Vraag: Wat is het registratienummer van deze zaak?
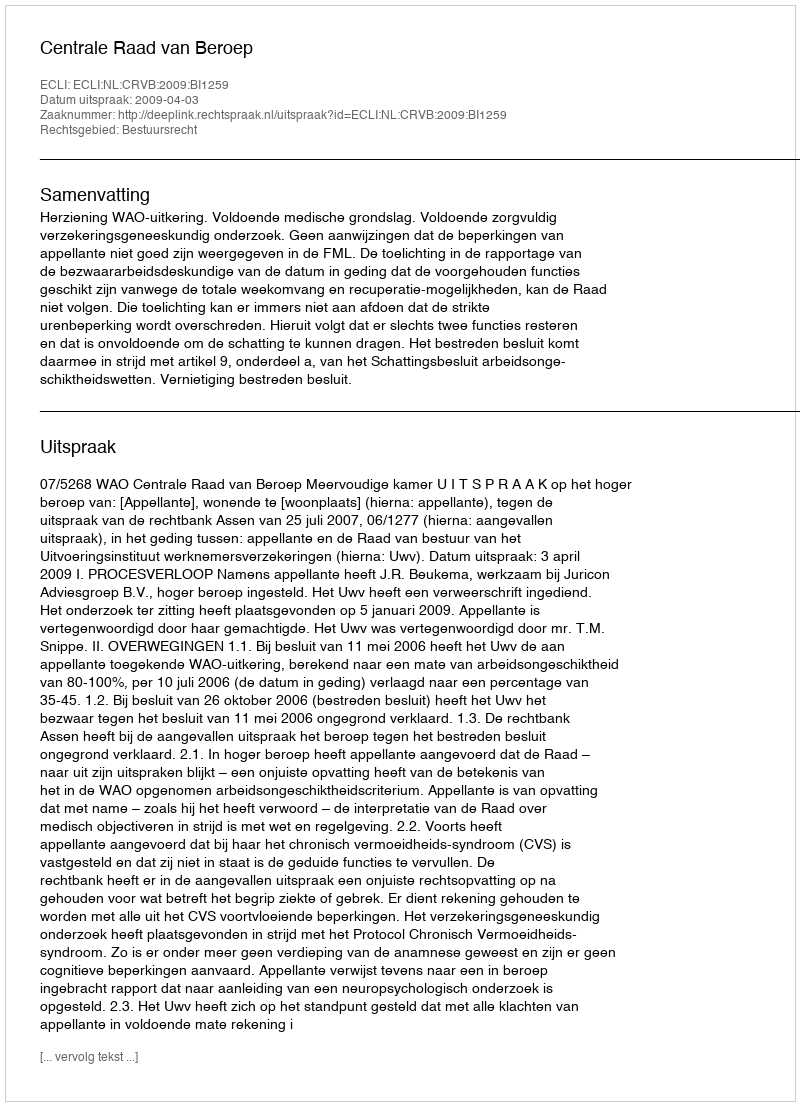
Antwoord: http://deeplink.rechtspraak.nl/uitspraak?id=ECLI:NL:CRVB:2009:BI1259